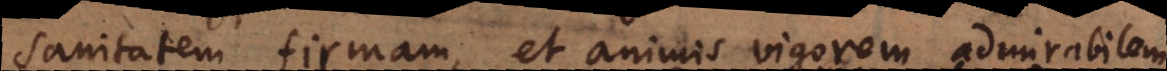
sanitatem firmam, et animis vigorem admirabilem